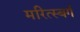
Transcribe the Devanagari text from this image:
मरित्स्बर्ग